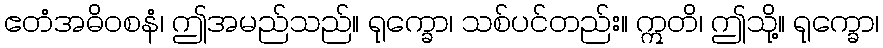
ဧတံအဓိဝစနံ၊ ဤအမည်သည်။ ရုက္ခော၊ သစ်ပင်တည်း။ ဣတိ၊ ဤသို့။ ရုက္ခော၊